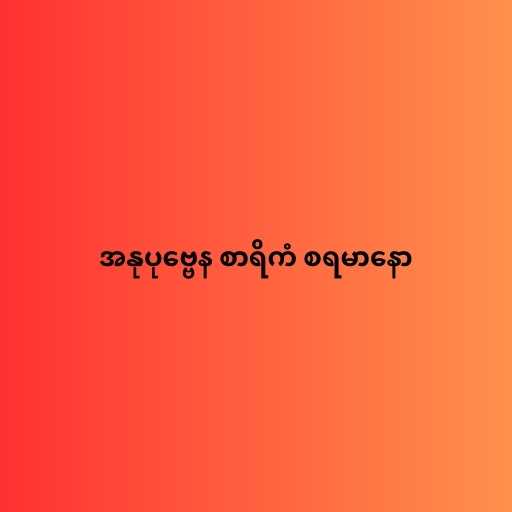
အနုပုဗ္ဗေန စာရိကံ စရမာနော